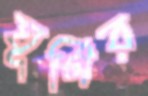
ঘূর্ণির